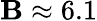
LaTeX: \mathbf{B}\approx6.1